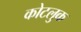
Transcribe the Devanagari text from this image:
कोटलुक